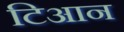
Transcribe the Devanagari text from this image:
टिआन